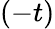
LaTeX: (-t)